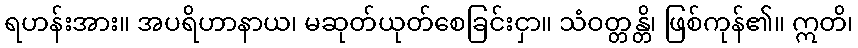
ရဟန်းအား။ အပရိဟာနာယ၊ မဆုတ်ယုတ်စေခြင်းငှာ။ သံဝတ္တန္တိ၊ ဖြစ်ကုန်၏။ ဣတိ၊